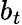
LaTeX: b_{t}